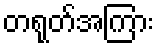
တရုတ်အကြား